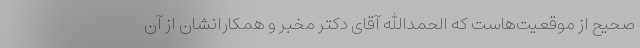
صحیح از موقعیت‌هاست که الحمدالله آقای دکتر مخبر و همکارانشان از آن